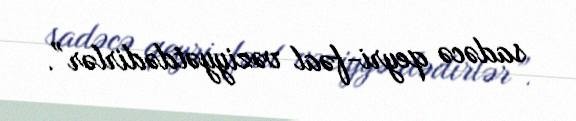
sadəcə qeyri-fəal vəziyyətdədirlər”.